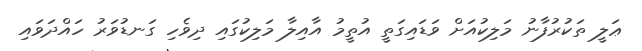
ޢަލީ ތަކުރުފާނު މަލިކުއަށް ވަޑައިގަތީ އުތީމު އާއިލާ މަލިކުގައި ދިވެހި ގަނޑުވަރު ހައްދަވައި